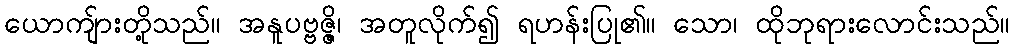
ယောကျ်ားတို့သည်။ အနူပဗ္ဗဇ္ဇိ၊ အတူလိုက်၍ ရဟန်းပြု၏။ သော၊ ထိုဘုရားလောင်းသည်။